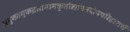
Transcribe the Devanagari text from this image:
अमुकामुकव्रतानामकृतोद्यापनदोषपरिहारार्थ